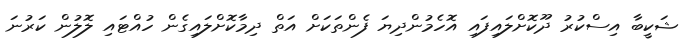
ޝަކީބާ އިސްކުރު ދޫކޮށްލައިފައި އޮހެމުންދިޔަ ފެންތަކަށް އަތް ދިމާކޮށްލައިގެން ހުއްޓައި ލޮލުން ކަރުނަ